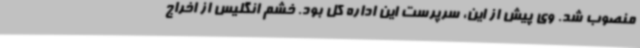
منصوب شد. وی پیش از این، سرپرست این اداره کل بود. خشم انگلیس از اخراج